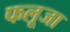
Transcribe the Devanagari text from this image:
फलूजा